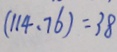
( 1 1 4 、 7 6 ) = 3 8